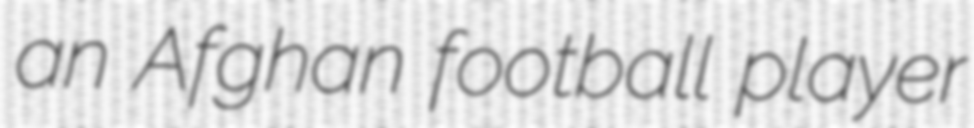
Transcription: an Afghan football player